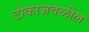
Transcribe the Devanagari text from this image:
टोकाजवळील